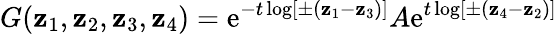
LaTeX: G(\mathbf{z}_{1},\mathbf{z}_{2},\mathbf{z}_{3},\mathbf{z}_{4})=\mathrm{e}^{-t\log[\pm(\mathbf{z}_{1}-\mathbf{z}_{3})]}A\mathrm{e}^{t\log[\pm(\mathbf{z}_{4}-\mathbf{z}_{2})]}